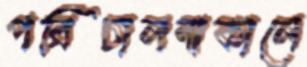
পরিচালনাকালে